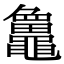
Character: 𪓻